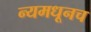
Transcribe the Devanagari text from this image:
न्यमधूनच